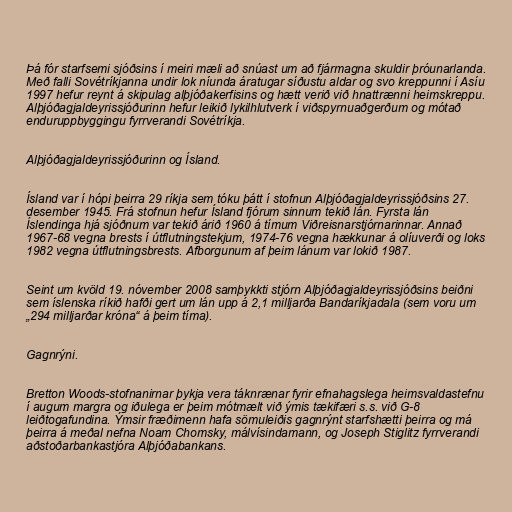
Þá fór starfsemi sjóðsins í meiri mæli að snúast um að fjármagna skuldir þróunarlanda.
Með falli Sovétríkjanna undir lok níunda áratugar síðustu aldar og svo kreppunni í Asíu
1997 hefur reynt á skipulag alþjóðakerfisins og hætt verið við hnattrænni heimskreppu.
Alþjóðagjaldeyrissjóðurinn hefur leikið lykilhlutverk í viðspyrnuaðgerðum og mótað
enduruppbyggingu fyrrverandi Sovétríkja.

Alþjóðagjaldeyrissjóðurinn og Ísland.

Ísland var í hópi þeirra 29 ríkja sem tóku þátt í stofnun Alþjóðagjaldeyrissjóðsins 27.
desember 1945. Frá stofnun hefur Ísland fjórum sinnum tekið lán. Fyrsta lán
Íslendinga hjá sjóðnum var tekið árið 1960 á tímum Viðreisnarstjórnarinnar. Annað
1967-68 vegna brests í útflutningstekjum, 1974-76 vegna hækkunar á olíuverði og loks
1982 vegna útflutningsbrests. Afborgunum af þeim lánum var lokið 1987.

Seint um kvöld 19. nóvember 2008 samþykkti stjórn Alþjóðagjaldeyrissjóðsins beiðni
sem íslenska ríkið hafði gert um lán upp á 2,1 milljarða Bandaríkjadala (sem voru um
„294 milljarðar króna“ á þeim tíma).

Gagnrýni.

Bretton Woods-stofnanirnar þykja vera táknrænar fyrir efnahagslega heimsvaldastefnu
í augum margra og iðulega er þeim mótmælt við ýmis tækifæri s.s. við G-8
leiðtogafundina. Ýmsir fræðimenn hafa sömuleiðis gagnrýnt starfshætti þeirra og má
þeirra á meðal nefna Noam Chomsky, málvísindamann, og Joseph Stiglitz fyrrverandi
aðstoðarbankastjóra Alþjóðabankans.